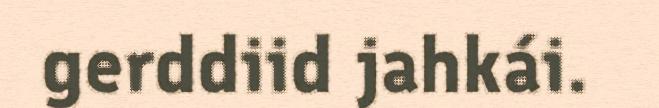
gerddiid jahkái.